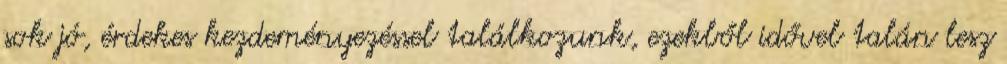
sok jó, érdekes kezdeményezéssel találkozunk, ezekből idővel talán lesz